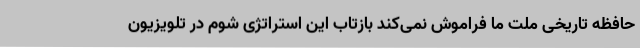
حافظه تاریخی ملت ما فراموش نمی‌کند بازتاب این استراتژی شوم در تلویزیون